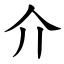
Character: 介